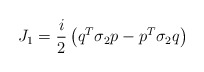
\begin{align*}J_1 = {i\over 2}\left(q^T\sigma_2p-p^T\sigma_2q\right)\end{align*}